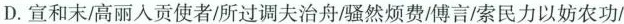
D. 宣和末高丽人贡使者！所过调夫治舟/骚然烦费/傅言/索民力以妨农功/